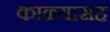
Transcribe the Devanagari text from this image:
काळ्यासह